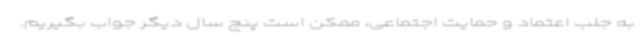
به جلب اعتماد و حمایت اجتماعی، ممکن است پنج سال دیگر جواب بگیریم.